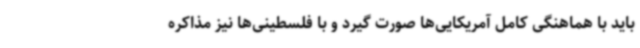
باید با هماهنگی کامل آمریکایی‌ها صورت گیرد و با فلسطینی‌ها نیز مذاکره